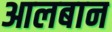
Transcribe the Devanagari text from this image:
आलबान